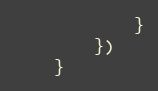
Language: JavaScript
            }
        })
    }